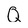
Character: Q